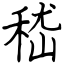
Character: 嵇